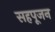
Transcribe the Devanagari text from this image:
सहपूजन